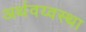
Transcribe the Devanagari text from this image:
अर्थवय्वस्था